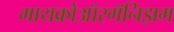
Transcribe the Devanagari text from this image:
मायक्रोऑरगॅनिझम